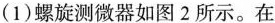
(1)螺旋测微器如图2所示。在`